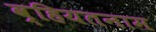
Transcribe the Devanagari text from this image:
व्हियतनाम